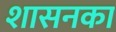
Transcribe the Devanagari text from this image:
शासनका